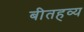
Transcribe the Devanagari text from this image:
बीतहव्य